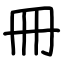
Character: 冊